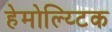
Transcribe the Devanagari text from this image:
हेमोल्य्टिक